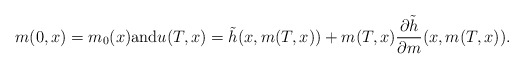
\begin{align*} m(0,x)=m_0(x)\hbox{and}u(T,x) = \tilde h(x, m(T,x)) +m(T,x) \frac{\partial \tilde h} {\partial m} (x, m(T,x) ).\end{align*}